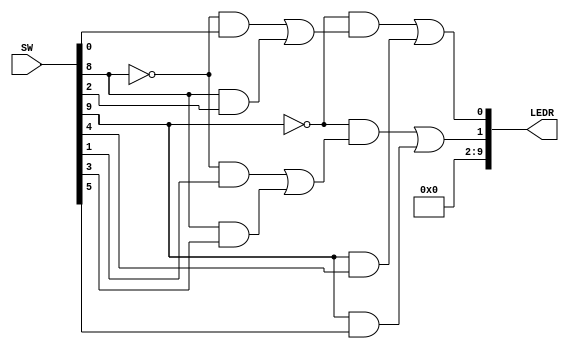
module part3(SW, LEDR);

	output [9:0] LEDR;
	input [9:0] SW;

	
	wire m_0, m_1;
	wire [1:0] S, U, V, W, M;
	
	assign S[1:0] = SW[9:8];
	assign U[1:0] = SW[1:0];
	assign V = SW[3:2];
	assign W = SW[5:4];
	
	// 3-to-1 multiplexer for bit 0
	assign m_0 = (~S[0] & U[0]) | (S[0] & V[0]);	
	assign M[0] = (~S[1] & m_0) | (S[1] & W[0]); // 3-to-1 multiplexer output

	// 3-to-1 multiplexer for bit 1
	assign m_1 = (~S[0] & U[1]) | (S[0] & V[1]);	
	assign M[1] = (~S[1] & m_1) | (S[1] & W[1]); // 3-to-1 multiplexer output
	
	
	assign LEDR[1:0] = M;
	assign LEDR[9:2] = 8'b0;

endmodule